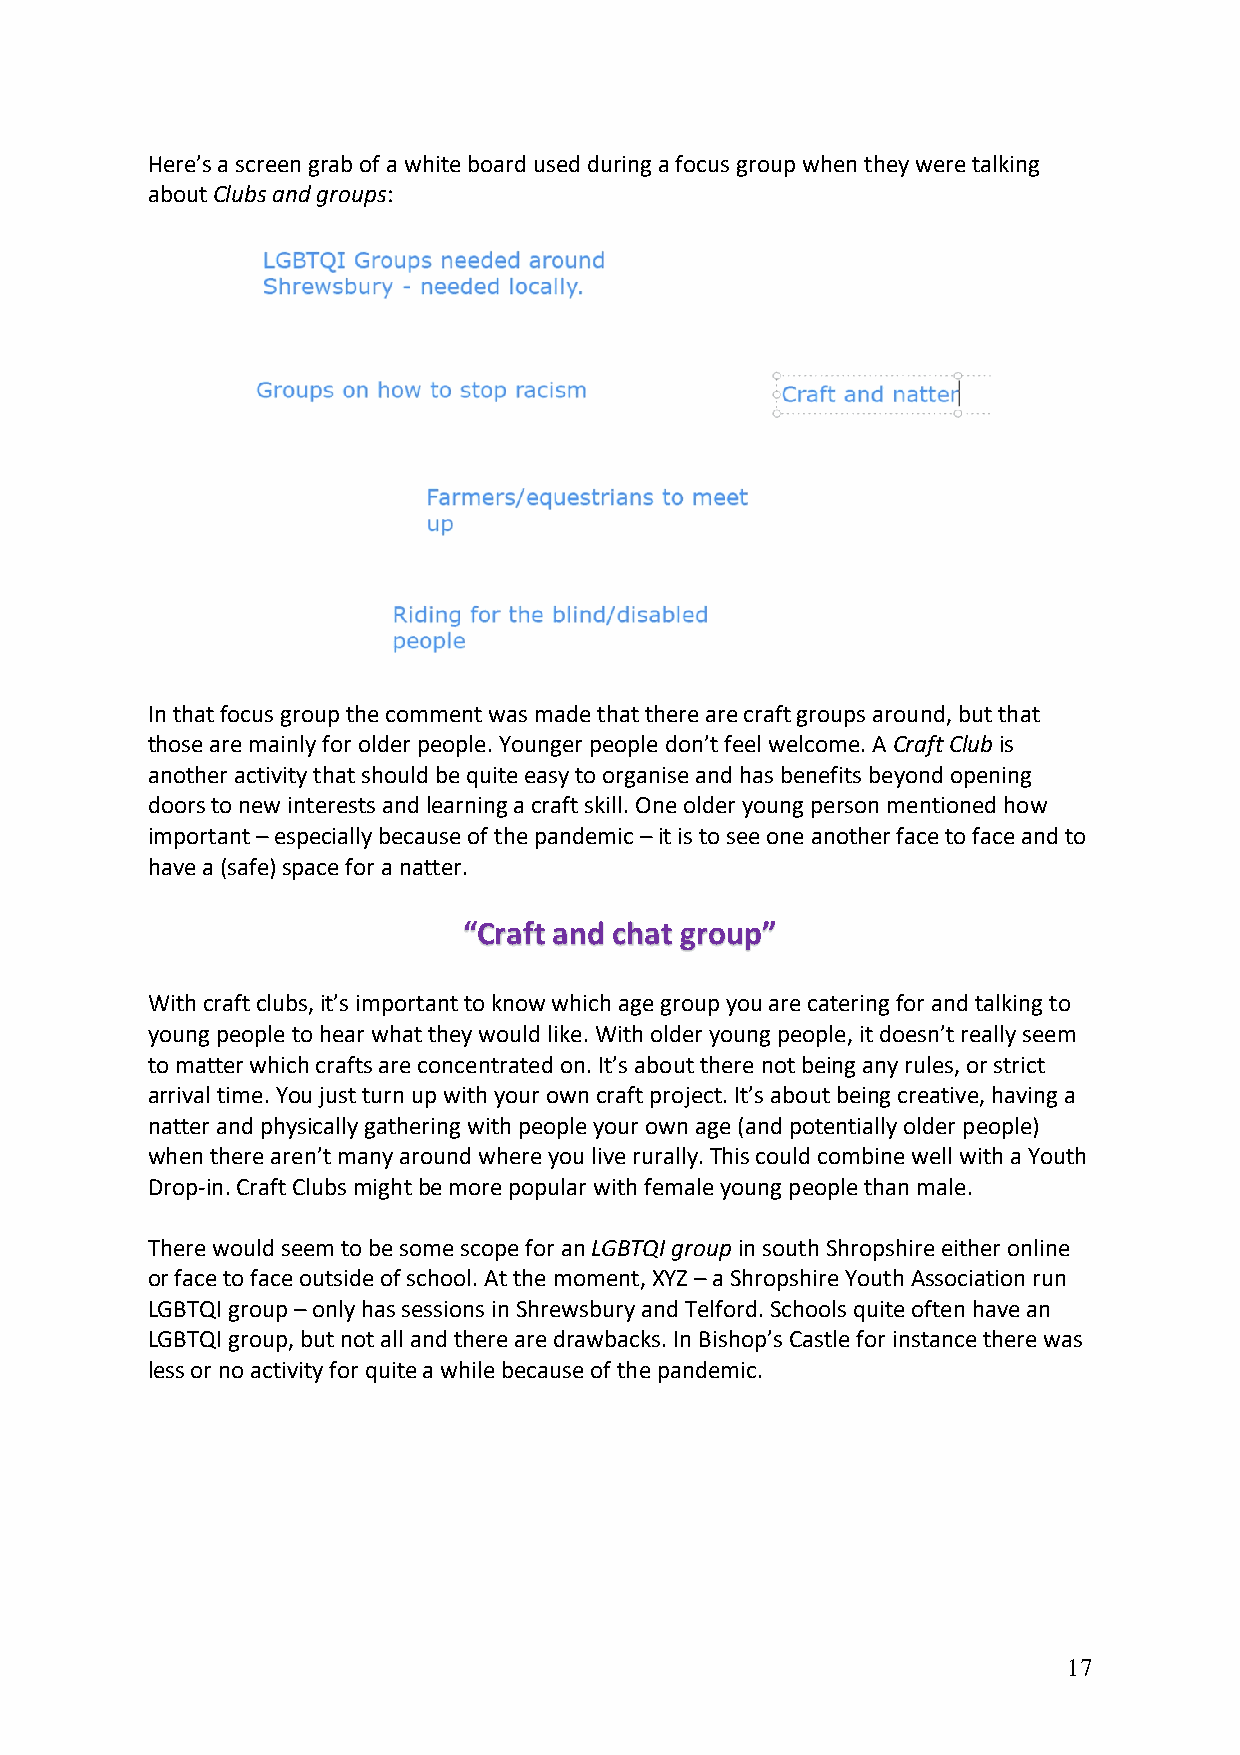
Here’s a screen grab of a white board used during a focus group when they were talking
 about Clubs and groups:
 In that focus group the comment was made that there are craft groups around, but that
 those are mainly for older people. Younger people don’t feel welcome. A Craft Club is
 another activity that should be quite easy to organise and has benefits beyond opening
 doors to new interests and learning a craft skill. One older young person mentioned how
 important – especially because of the pandemic – it is to see one another face to face and to
 have a (safe) space for a natter.
 “Craft and chat group”
 With craft clubs, it’s important to know which age group you are catering for and talking to
 young people to hear what they would like. With older young people, it doesn’t really seem
 to matter which crafts are concentrated on. It’s about there not being any rules, or strict
 arrival time. You just turn up with your own craft project. It’s about being creative, having a
 natter and physically gathering with people your own age (and potentially older people)
 when there aren’t many around where you live rurally. This could combine well with a Youth
 Drop-in. Craft Clubs might be more popular with female young people than male.
 There would seem to be some scope for an LGBTQI group in south Shropshire either online
 or face to face outside of school. At the moment, XYZ – a Shropshire Youth Association run
 LGBTQI group – only has sessions in Shrewsbury and Telford. Schools quite often have an
 LGBTQI group, but not all and there are drawbacks. In Bishop’s Castle for instance there was
 less or no activity for quite a while because of the pandemic.
 17